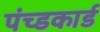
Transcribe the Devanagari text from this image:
पंच्डकार्ड